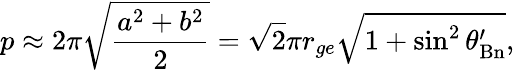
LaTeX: p\approx 2\pi\sqrt{\frac{a^{2}+b^{2}}{2}}=\sqrt{2}\pi r_{ge}\sqrt{1+\sin^{2}\theta_{\mathrm{Bn}}^{\prime}},